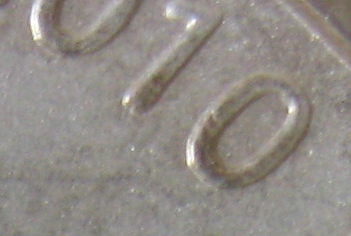
010